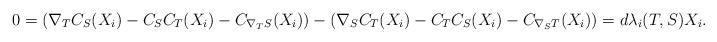
LaTeX: \begin{align*} 0=(\nabla_T C_S(X_i)-C_SC_T(X_i)-C_{\nabla_T S}(X_i))-(\nabla_S C_T(X_i)-C_TC_S(X_i)-C_{\nabla_S T}(X_i))=d\lambda_i(T,S)X_i. \end{align*}